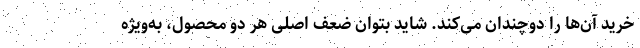
خرید آن‌ها را دوچندان می‌کند. شاید بتوان ضعف اصلی هر دو محصول، به‌ویژه